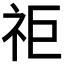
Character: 𥘹